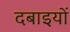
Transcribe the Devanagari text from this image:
दबाइयों